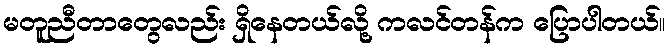
မတူညီတာတွေလည်း ရှိနေတယ်လို့ ကလင်တန်က ပြောပါတယ်။